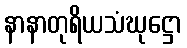
နာနာတုရိယသံဃုဋ္ဌော